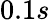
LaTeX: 0.1s